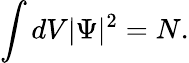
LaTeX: \int dV|\Psi|^{2}=N.